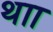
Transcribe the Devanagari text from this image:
थाा